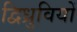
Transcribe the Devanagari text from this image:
द्विध्रुवियों